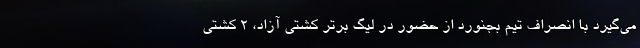
می‌گیرد با انصراف تیم بجنورد از حضور در لیگ برتر کشتی آزاد، ۲ کشتی